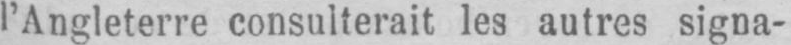
l’Angleterre consulterait les autres signa-